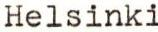
Helsinki